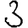
Digit: 3